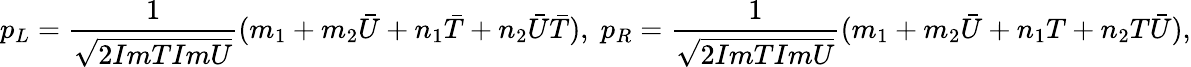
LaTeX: {p_{L}}=\frac{1}{\sqrt{2ImTImU}}(m_{1}+m_{2}{\bar{U}}+n_{1}{\bar{T}}+n_{2}{\bar{U}}{\bar{T}}),\; p_{R}=\frac{1}{\sqrt{2ImTImU}}(m_{1}+m_{2}{\bar{U}}+n_{1}T+n_{2}T{\bar{U}}),